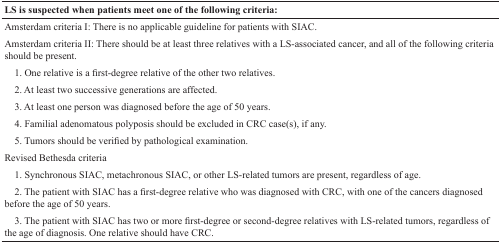
<table><thead><tr><td><b>LS is suspected when patients meet one of the following criteria:</b></td></tr></thead><tbody><tr><td>Amsterdam criteria I: There is no applicable guideline for patients with SIAC.</td></tr><tr><td>Amsterdam criteria II: There should be at least three relatives with a LS-associated cancer, and all of the following criteria should be present.</td></tr><tr><td> 1. One relative is a first-degree relative of the other two relatives.</td></tr><tr><td> 2. At least two successive generations are affected.</td></tr><tr><td> 3. At least one person was diagnosed before the age of 50 years.</td></tr><tr><td> 4. Familial adenomatous polyposis should be excluded in CRC case(s), if any.</td></tr><tr><td> 5. Tumors should be verified by pathological examination.</td></tr><tr><td>Revised Bethesda criteria</td></tr><tr><td> 1. Synchronous SIAC, metachronous SIAC, or other LS-related tumors are present, regardless of age.</td></tr><tr><td> 2. The patient with SIAC has a first-degree relative who was diagnosed with CRC, with one of the cancers diagnosed before the age of 50 years.</td></tr><tr><td> 3. The patient with SIAC has two or more first-degree or second-degree relatives with LS-related tumors, regardless of the age of diagnosis. One relative should have CRC.</td></tr></tbody></table>